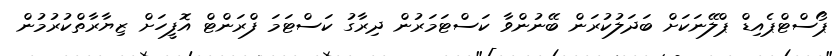
ޕޯސްޓްޕެއިޑް ޕްލޭނަކަށް ބަދަލުކުރަން ބޭނުންވާ ކަސްޓަމަރުން ދިރާގު ކަސްޓަމަ ފްރަންޓް އޮފީހަށް ޒިޔާރާތްކުރުމުން